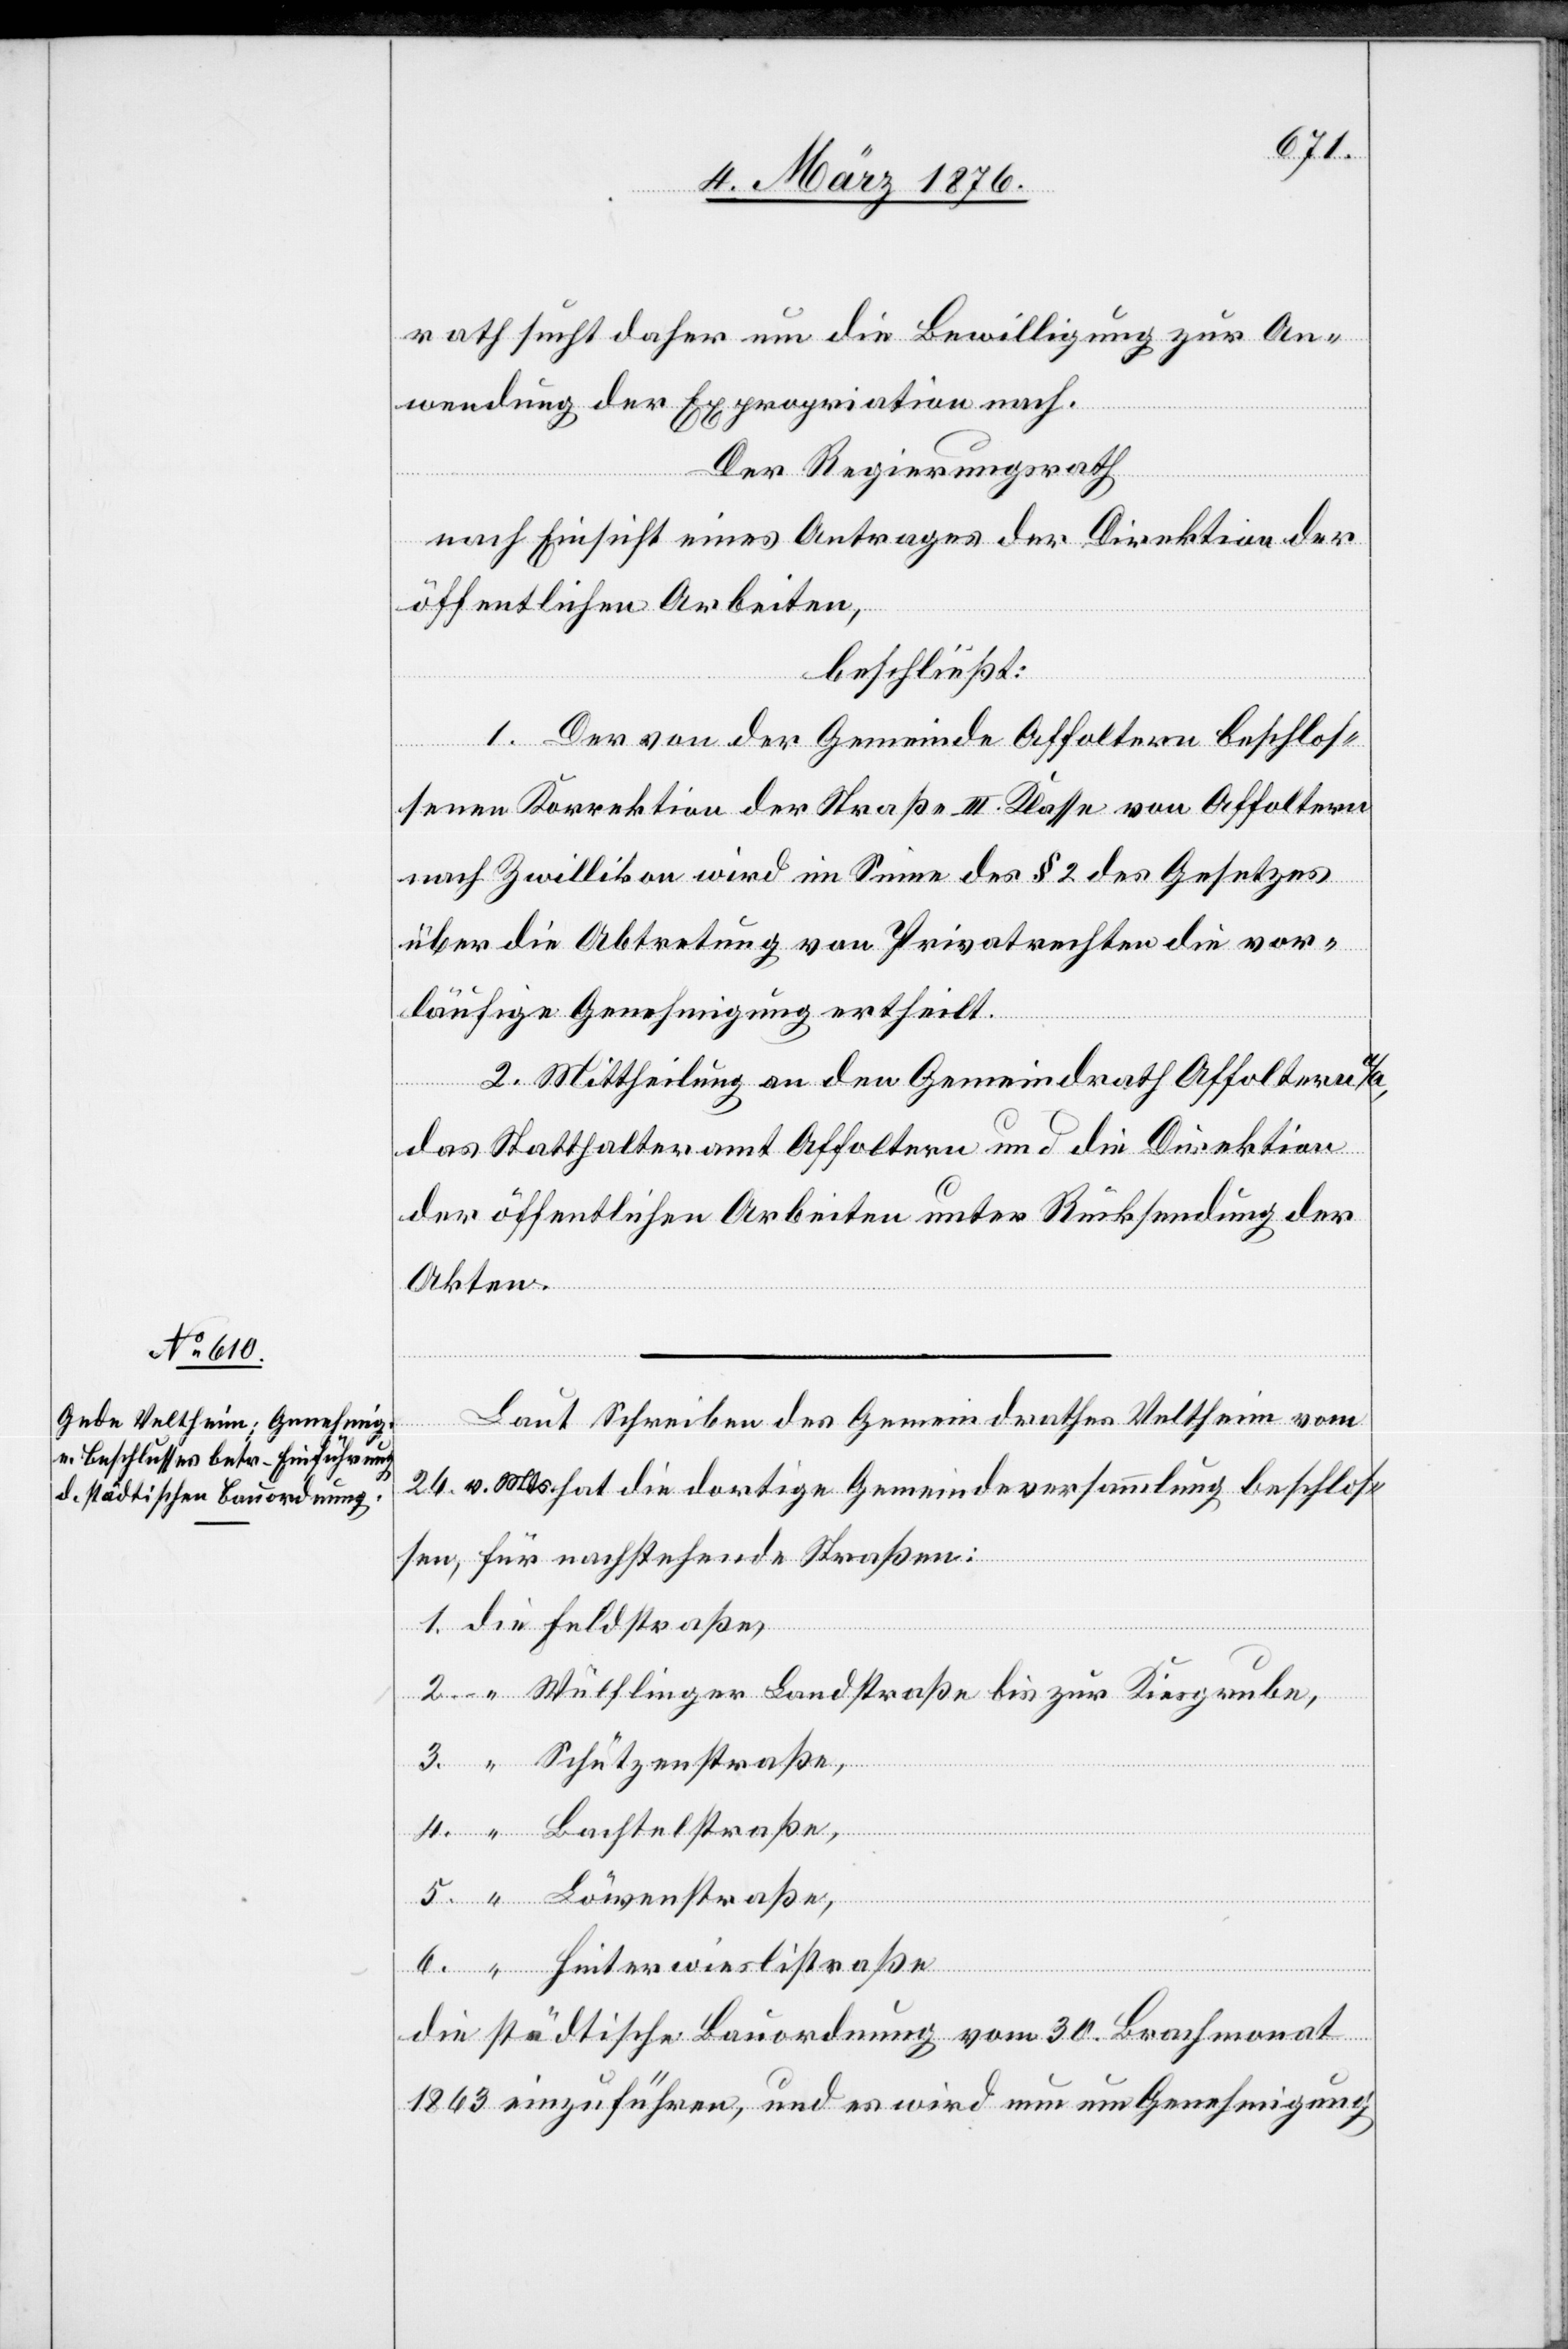
4.
rwies¬
rath sucht daher um die Bewilligung zur An¬
wendung der Expropriation nach.
“
listraße
Der Regierungsrath
nach Einsicht eines Antrages der Direktion der
öffentlichen Arbeiten,
beschließt:
1. Der von der Gemeinde Affoltern beschlos¬
senen Korrektion der Straße III. Klasse von Affoltern
nach Zwillikon wird im Sinne des § 2 des Gesetzes
über die Abtretung von Privatrechten die vor¬
läufige Genehmigung ertheilt.
2. Mittheilung an den Gemeindrath Affoltern a/A,
das Statthalteramt Affoltern und die Direktion
der öffentlichen Arbeiten unter Rücksendung der
Akten.
Laut Schreiben des Gemeindrathes Veltheim vom
26. v. Mts. hat die dortige Gemeindeversammlung beschlos¬
sen, für nachstehende Straßen:
Wülflinger Landstraße bis zur Kiesgrube,
die städtische Bauordnung vom 30. Brachmonat
1863 einzuführen, und es wird nun um Genehmigung